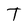
Character: T